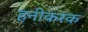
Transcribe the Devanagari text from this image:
हनीकरक